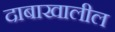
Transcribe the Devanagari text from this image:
दाबाखालील